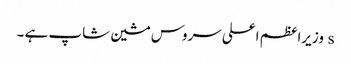
s وزیراعظم اعلی سروس مشین شاپ ہے ۔